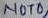
Text: NOT0